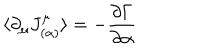
\langle \partial _ { \mu } J _ { ( \alpha ) } ^ { \mu } \rangle = - \frac { \partial \Gamma } { \partial \alpha }